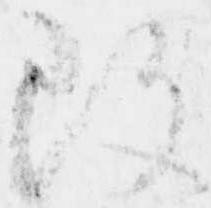
改